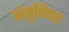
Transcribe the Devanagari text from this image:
संतुष्टिपर